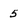
Character: 5